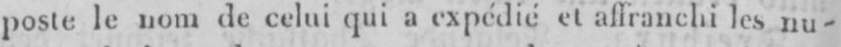
poste le nomde celuiqui a expédié et affranchi les nu-